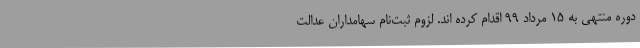
دوره منتهی به 15 مرداد 99 اقدام کرده اند. لزوم ثبت‌نام سهامداران عدالت